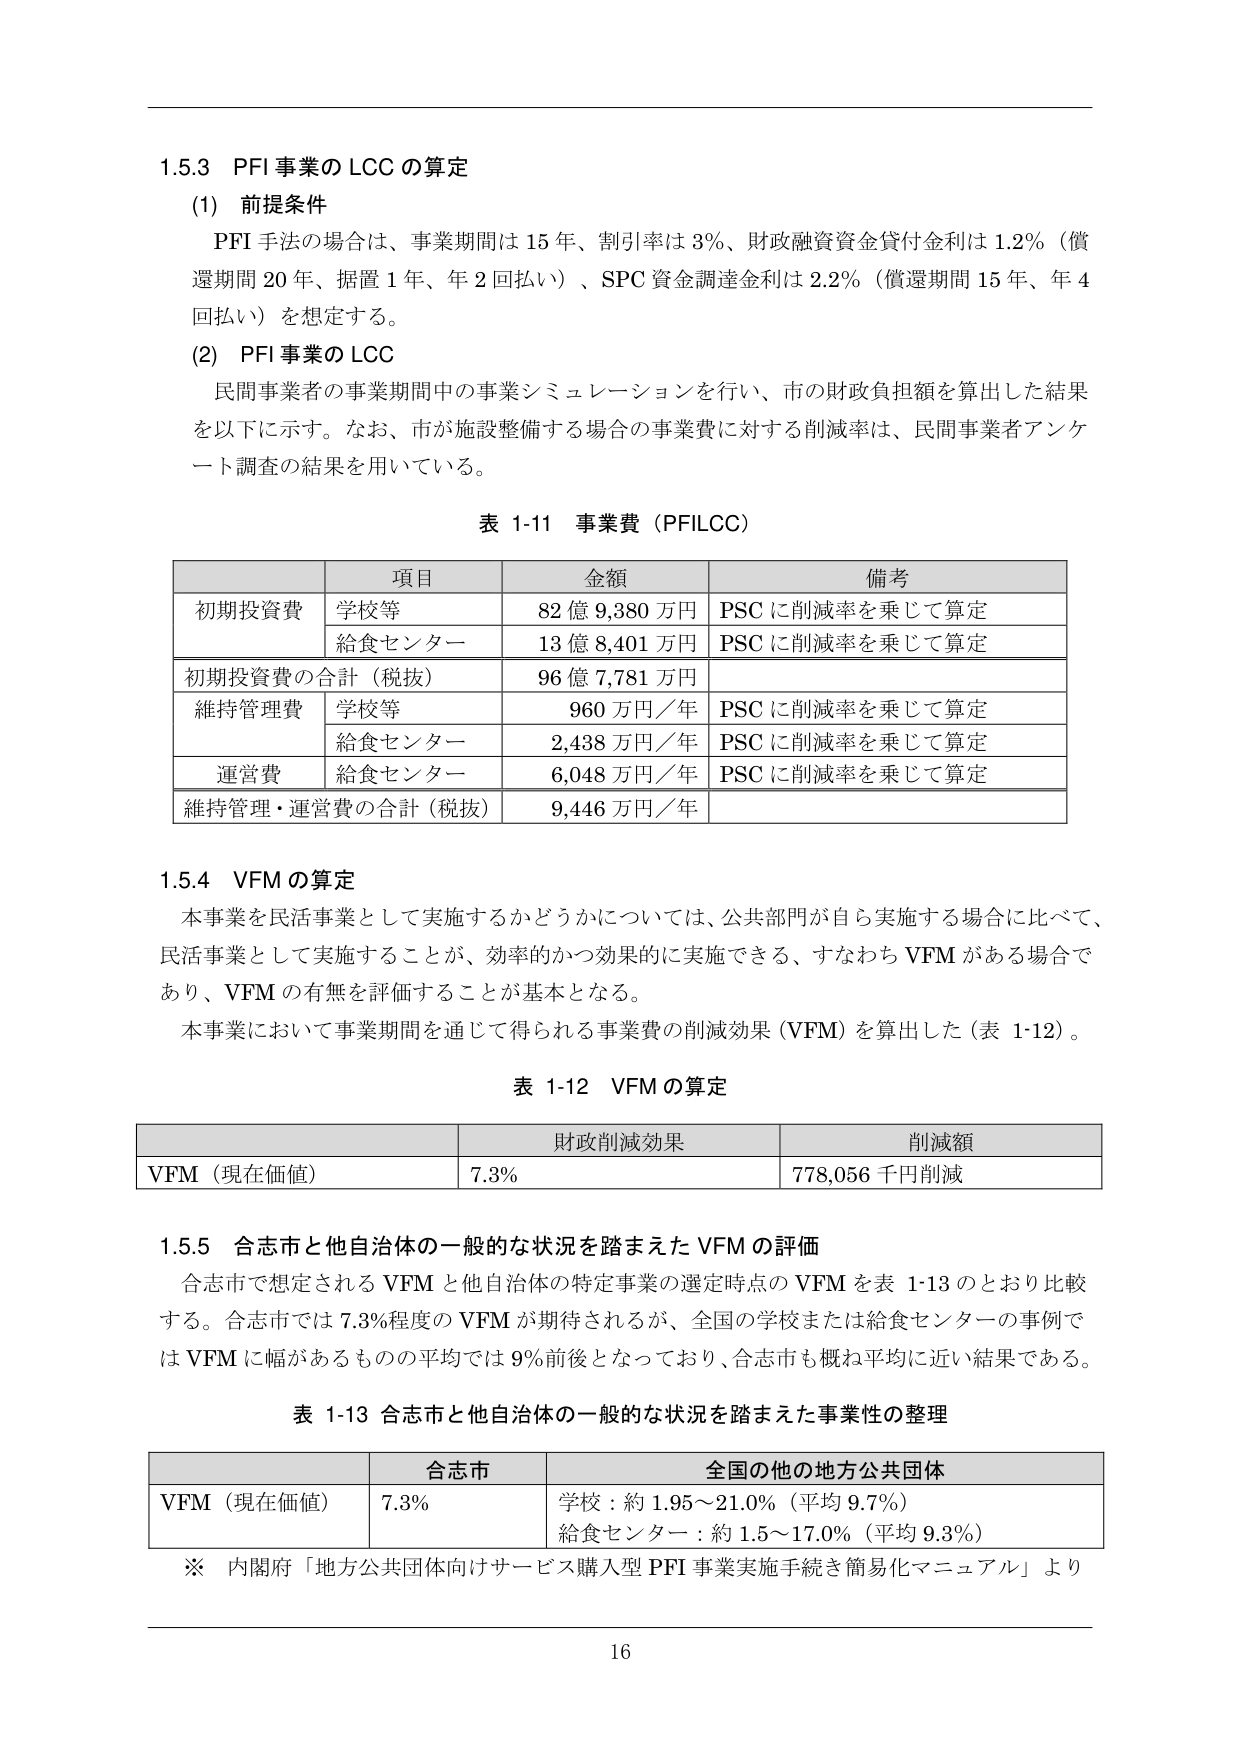
1.5.3 PFI事業のLCCの算定
(1) 前提条件
PFI手法の場合は、事業期間は15年、割引率は3%、財政融資資金貸付金利は1.2%（償還期間20年、据置1年、年2回払い）、SPC資金調達金利は2.2%（償還期間15年、年4回払い）を想定する。
(2) PFI事業のLCC
民間事業者の事業期間中の事業シミュレーションを行い、市の財政負担額を算出した結果を以下に示す。なお、市が施設整備する場合の事業費に対する削減率は、民間事業者アンケート調査の結果を用いている。

表 1-11 事業費（PFILCC）
| 項目 | 金額 | 備考 |
|------|------|------|
| 初期投資費 | 学校等 | 82億9,380万円 | PSCに削減率を乗じて算定 |
| | 給食センター | 13億8,401万円 | PSCに削減率を乗じて算定 |
| 初期投資費の合計（税抜） | | 96億7,781万円 | |
| 維持管理費 | 学校等 | 960万円／年 | PSCに削減率を乗じて算定 |
| | 給食センター | 2,438万円／年 | PSCに削減率を乗じて算定 |
| 運営費 | 給食センター | 6,048万円／年 | PSCに削減率を乗じて算定 |
| 維持管理・運営費の合計（税抜） | | 9,446万円／年 | |

1.5.4 VFMの算定
本事業を民活事業として実施するかどうかについては、公共部門が自ら実施する場合に比べて、民活事業として実施することが、効率的かつ効果的に実施できる、すなわちVFMがある場合であり、VFMの有無を評価することが基本となる。
本事業において事業期間を通じて得られる事業費の削減効果（VFM）を算出した（表 1-12）。

表 1-12 VFMの算定
| | 財政削減効果 | 削減額 |
|------|-------------|--------|
| VFM（現在価値） | 7.3% | 778,056千円削減 |

1.5.5 合志市と他自治体の一般的な状況を踏まえたVFMの評価
合志市で想定されるVFMと他自治体の特定事業の選定時点のVFMを表 1-13のとおり比較する。合志市では7.3%程度のVFMが期待されるが、全国の学校または給食センターの事例ではVFMに幅があるものの平均では9%前後となっており、合志市も概ね平均に近い結果である。

表 1-13 合志市と他自治体の一般的な状況を踏まえた事業性の整理
| | 合志市 | 全国の他の地方公共団体 |
|------|--------|------------------------|
| VFM（現在価値） | 7.3% | 学校：約1.95～21.0%（平均9.7%）<br>給食センター：約1.5～17.0%（平均9.3%） |

※ 内閣府「地方公共団体向けサービス購入型PFI事業実施手続き簡易化マニュアル」より

16